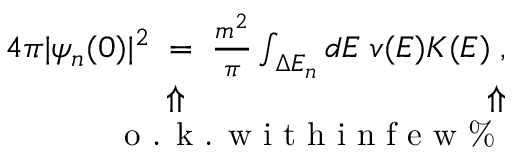
\begin{array} { r l r } & { } & { 4 \pi | \psi _ { n } ( 0 ) | ^ { 2 } \; = \; \frac { m ^ { 2 } } { \pi } \int _ { \Delta E _ { n } } d E \; v ( E ) K ( E ) \; , } \\ & { } & { \hphantom { 4 \pi | } \Uparrow \qquad \quad \hphantom { \frac { m ^ { 2 } } { \pi } \int _ { \Delta E _ { n } } d E \; v ( } \Uparrow } \\ & { } & { \qquad \quad \textrm { o . k . w i t h i n f e w \% } } \end{array}